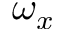
\omega _ { x }